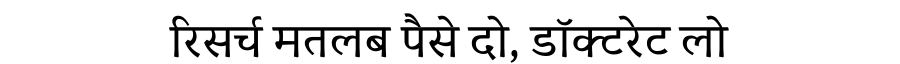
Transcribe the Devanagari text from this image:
रिसर्च मतलब पैसे दो, डॉक्टरेट लो